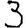
Digit: 3